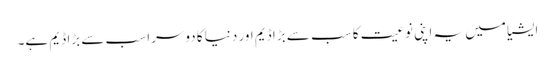
ایشیا میں یہ اپنی نوعیت کا سب سے بڑا ڈیم اور دنیا کا دوسرا سب سے بڑا ڈیم ہے۔